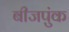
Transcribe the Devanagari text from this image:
बीजपुंक